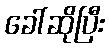
ခေါ်ဆိုပြီး